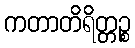
ကတာတိရိတ္တဉ္စ